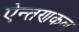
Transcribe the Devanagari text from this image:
ऐन्तणकल